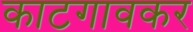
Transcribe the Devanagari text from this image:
काटगावकर